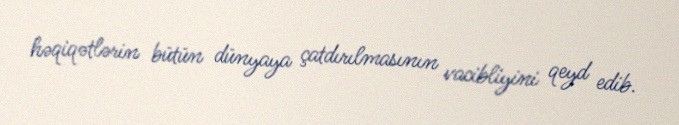
həqiqətlərin bütün dünyaya çatdırılmasının vacibliyini qeyd edib.